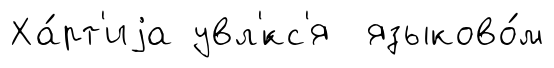
Ха́рт'иjа увл'́кс'я языково́м